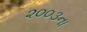
૨૦૦૩ના